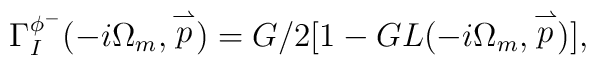
\Gamma_{I}^{\phi^-}(-i\Omega_m, \stackrel{\rightharpoonup}{p})=G/2[1-GL(-i\Omega_m, \stackrel{\rightharpoonup}{p})],